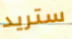
ستريد